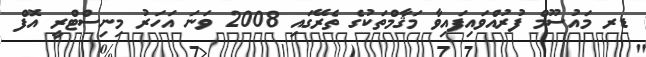
ޑރ މައުސޫމް ފުރުއްވައިފައިވާ މަޤާމްތަކުގެ ތެރޭގައި 2008 ވަނަ އަހަރު މިނިސްޓްރީ އޮފް